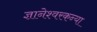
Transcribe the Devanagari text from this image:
ज्ञानेश्वरकन्या